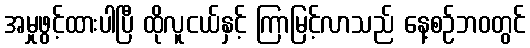
အမှုဖွင့်ထားပါပြီ ထိုလူငယ်နှင့် ကြာမြင့်လာသည် နေ့စဉ်ဘ၀တွင်